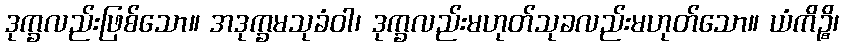
ဒုက္ခလည်းဖြစ်သော။ အဒုက္ခမသုခံဝါ၊ ဒုက္ခလည်းမဟုတ်သုခလည်းမဟုတ်သော။ ယံကိဉ္စိ၊